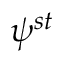
\psi ^ { s t }